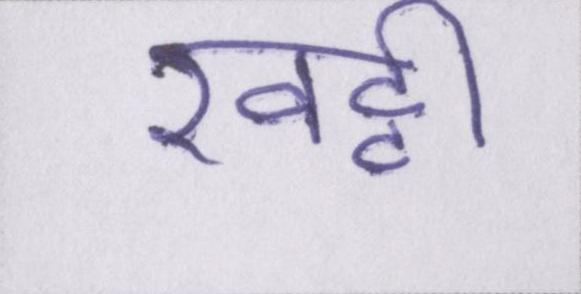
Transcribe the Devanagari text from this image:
खट्टी